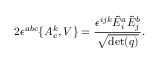
2 \epsilon ^ { a b c } \{ A _ { c } ^ { k } , V \} = { \frac { \epsilon ^ { i j k } { \tilde { E } } _ { i } ^ { a } { \tilde { E } } _ { j } ^ { b } } { \sqrt { \operatorname* { d e t } ( q ) } } } .